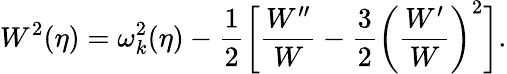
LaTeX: W^{2}(\eta)=\omega_{k}^{2}(\eta)-\frac{1}{2}\biggl[\frac{W^{\prime\prime}}{W}-\frac{3}{2}\biggl(\frac{W^{\prime}}{W}\biggr)^{2}\biggr].